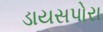
ડાયસપોરા